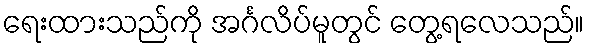
ရေးထားသည်ကို အင်္ဂလိပ်မူတွင် တွေ့ရလေသည်။